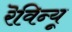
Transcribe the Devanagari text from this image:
रॆविन्यू